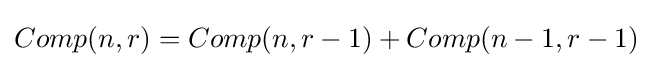
Comp(n,r)=Comp(n,r-1)+Comp(n-1,r-1)